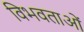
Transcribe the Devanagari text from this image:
विभवताओं